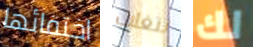
اختفائها تتغلب لك